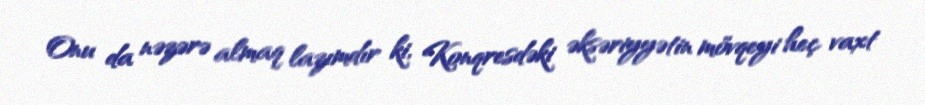
Onu da nəzərə almaq lazımdır ki, Konqresdəki əksəriyyətin mövqeyi heç vaxt